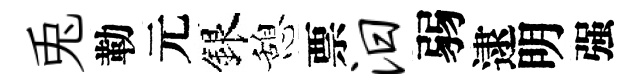
兎勒元銀憩票汨弱逮明强